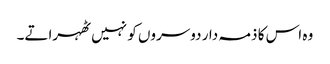
وہ اس کا ذمہ دار دوسروں کو نہیں ٹھہراتے۔